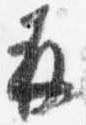
并